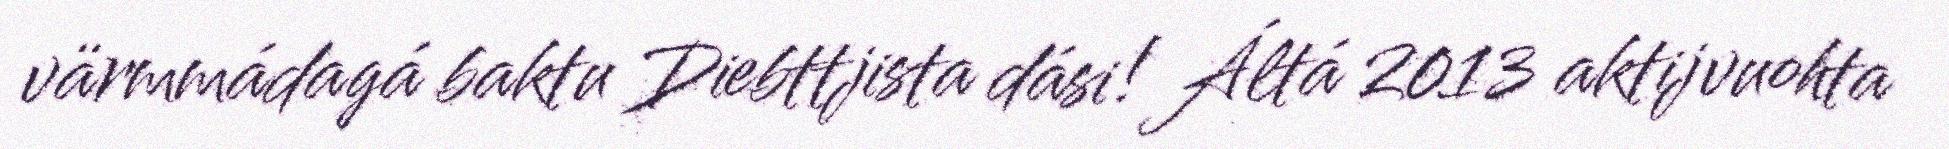
värmmádagá baktu Diebttjista dási! Áltá 2013 aktijvuohta